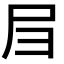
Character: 𡰩